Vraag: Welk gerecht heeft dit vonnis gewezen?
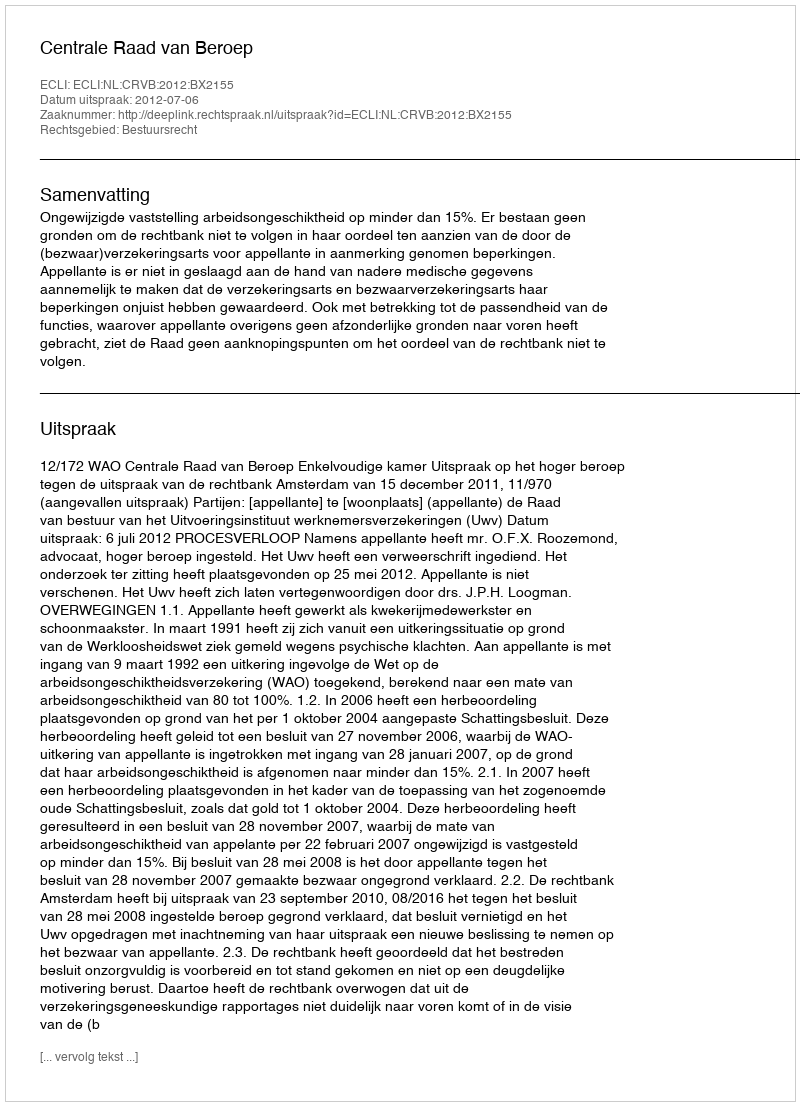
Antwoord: Centrale Raad van Beroep